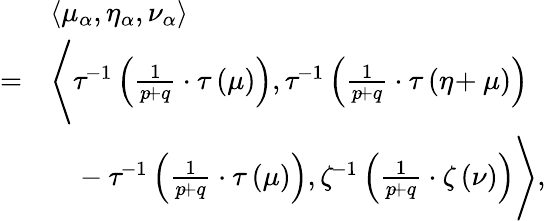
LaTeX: \begin{array}{rl}&{\left\langle\mu_{\alpha},\eta_{\alpha},\nu_{\alpha}\right\rangle}\\ {=}&{\Bigg\langle\tau^{\! -1}\left(\frac{1}{p\! +q}\cdot\tau\left(\mu\right)\right),\tau^{\! -1}\left(\frac{1}{p\! +q}\cdot\tau\left(\eta\! +\mu\right)\right)\Bigg.}\\ &{\quad\Bigg.\! -\tau^{\! -1}\left(\frac{1}{p\! +q}\cdot\tau\left(\mu\right)\right),\zeta^{\! -1}\left(\frac{1}{p\! +q}\cdot\zeta\left(\nu\right)\right)\Bigg\rangle,}\end{array}